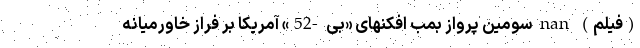
(فیلم) nan سومین پرواز بمب افکنهای «بی -52» آمریکا بر فراز خاورمیانه